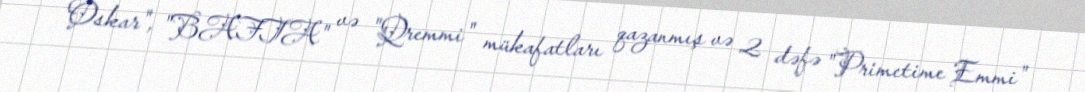
Oskar", "BAFTA" və "Qremmi" mükafatları qazanmış və 2 dəfə "Primetime Emmi"